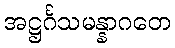
အဋ္ဌင်္ဂသမန္နာဂတေ